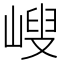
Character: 𡻁